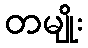
တမျိုး